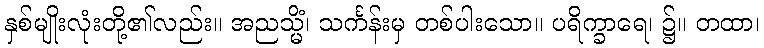
နှစ်မျိုးလုံးတို့၏လည်း။ အညသ္မိံ၊ သင်္ကန်းမှ တစ်ပါးသော။ ပရိက္ခာရေ၊ ၌။ တထာ၊